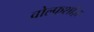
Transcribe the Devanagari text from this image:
वोल्फशांज़